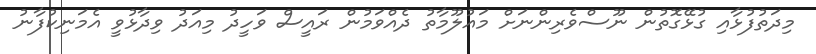
މިދަތުފުޅާއި ގުޅޭގޮތުން ނޫސްވެރިންނަށް މައުލޫމާތު ދެއްވަމުން ރައީސް ވަހީދު މިއަދު ވިދާޅުވީ އެމަނިކުފާނު